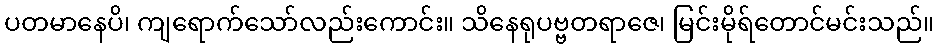
ပတမာနေပိ၊ ကျရောက်သော်လည်းကောင်း။ သိနေရုပဗ္ဗတရာဇေ၊ မြင်းမိုရ်တောင်မင်းသည်။